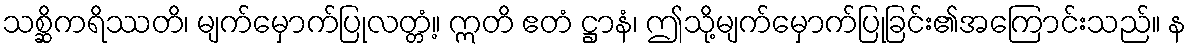
သစ္ဆိကရိဿတိ၊ မျက်မှောက်ပြုလတ္တံ့။ ဣတိ ဧတံ ဋ္ဌာနံ၊ ဤသို့မျက်မှောက်ပြုခြင်း၏အကြောင်းသည်။ န